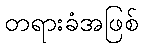
တရားခံအဖြစ်